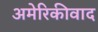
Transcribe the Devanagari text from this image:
अमेरिकीवाद